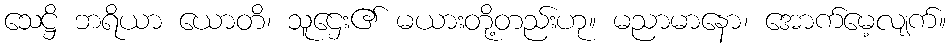
သေဋ္ဌိ ဘရိယာ ယောတိ၊ သူဌေး၏ မယားတို့တည်းဟု။ မညာမာနော၊ အောက်မေ့လျက်။